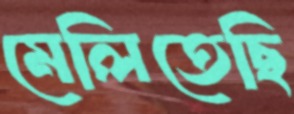
মেলিতেছি